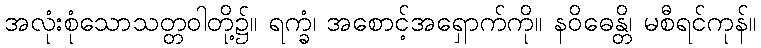
အလုံးစုံသောသတ္တဝါတို့၌။ ရက္ခံ၊ အစောင့်အရှောက်ကို။ နဝိဓေန္တိ၊ မစီရင်ကုန်။